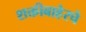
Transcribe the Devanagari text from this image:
शक्तीबाहेरचे